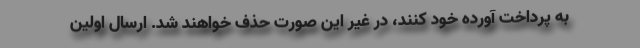
به پرداخت آورده خود کنند، در غیر این صورت حذف خواهند شد. ارسال اولین